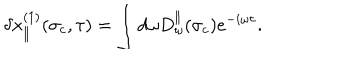
LaTeX: \delta x _ { \parallel } ^ { ( 1 ) } ( \sigma _ { c } , \tau ) = \int d \omega D _ { \omega } ^ { \parallel } ( \sigma _ { c } ) e ^ { - i \omega \tau } .